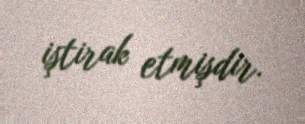
iştirak etmişdir.